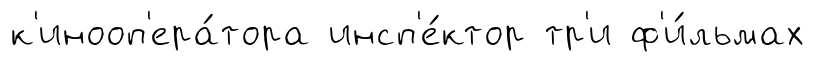
к'инооп'ера́тора инсп'е́ктор тр'и ф'и́льмах